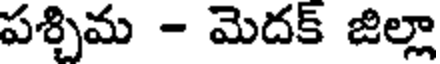
పశ్చిమ - మెదక్ జిల్లా